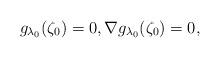
LaTeX: \begin{align*}g_{\lambda_0}(\zeta_0)=0, \nabla g_{\lambda_0}(\zeta_0)=0,\end{align*}